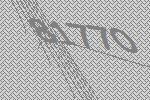
81770